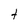
Character: t